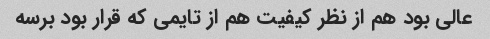
عالی بود هم از نظر کیفیت هم از تایمی که قرار بود برسه